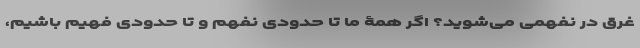
غرق در نفهمی می‌شوید؟ اگر همۀ ما تا حدودی نفهم و تا حدودی فهیم باشیم،